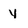
Character: y